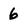
Character: 6